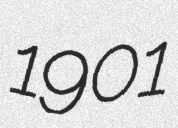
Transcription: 1901